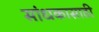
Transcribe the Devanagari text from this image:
सांधकासाठी